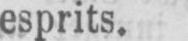
esprits.